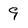
Character: 9